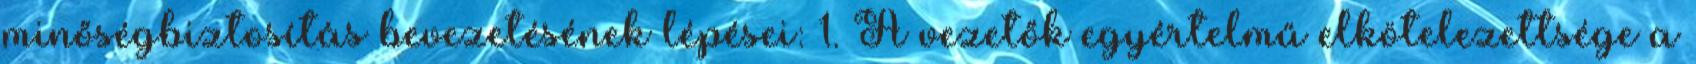
minőségbiztosítás bevezetésének lépései: 1. A vezetők egyértelmű elkötelezettsége a